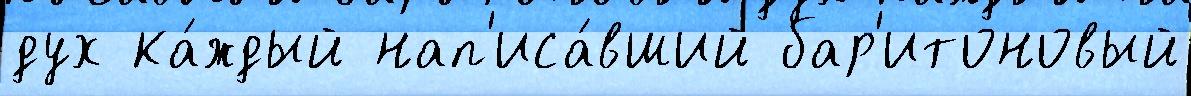
дух ка́ждый нап'иса́вший бар'итоновый